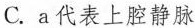
C.a代表上腔静脉